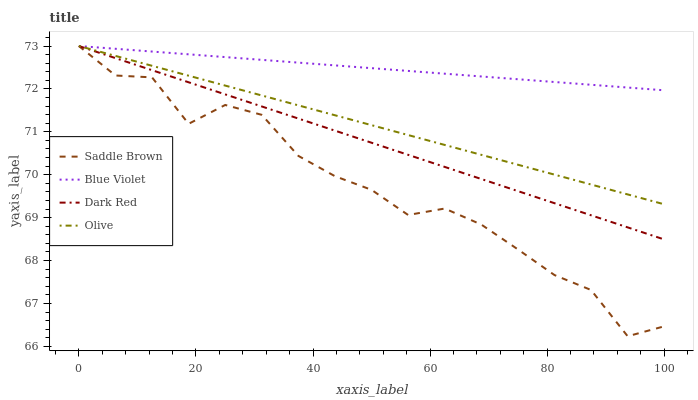
| xaxis_label | Saddle Brown | Blue Violet | Dark Red | Olive |
 | --- | --- | --- | --- | --- |
 | 0 | 73 | 73 | 73 | 73 |
 | 6.25 | 72.3 | 72.9 | 72.7 | 72.8 |
 | 12.5 | 72.3 | 72.9 | 72.4 | 72.5 |
 | 18.8 | 71.2 | 72.8 | 72.2 | 72.3 |
 | 25 | 71.6 | 72.7 | 71.9 | 72.1 |
 | 31.2 | 71.4 | 72.7 | 71.6 | 71.8 |
 | 37.5 | 70.4 | 72.6 | 71.3 | 71.6 |
 | 43.8 | 70 | 72.5 | 71 | 71.4 |
 | 50 | 69.6 | 72.5 | 70.7 | 71.2 |
 | 56.2 | 69.1 | 72.4 | 70.5 | 70.9 |
 | 62.5 | 69.2 | 72.4 | 70.2 | 70.7 |
 | 68.8 | 68.8 | 72.3 | 69.9 | 70.5 |
 | 75 | 68.3 | 72.2 | 69.6 | 70.2 |
 | 81.2 | 67.7 | 72.2 | 69.3 | 70 |
 | 87.5 | 67.3 | 72.1 | 69.1 | 69.8 |
 | 93.8 | 66.2 | 72 | 68.8 | 69.5 |
 | 100 | 66.5 | 72 | 68.5 | 69.3 |